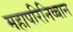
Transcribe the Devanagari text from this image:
महापरिनिव्बान